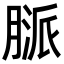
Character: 𦞓